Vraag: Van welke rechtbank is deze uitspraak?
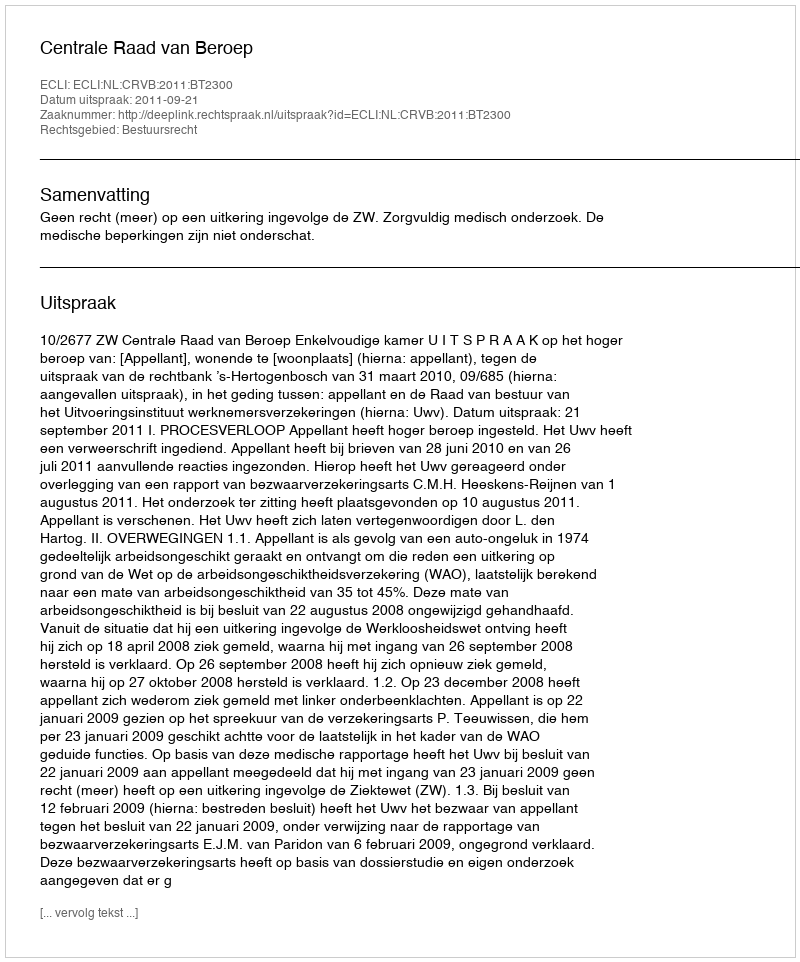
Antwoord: Centrale Raad van Beroep